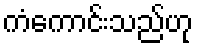
ကံကောင်းသည်ဟု